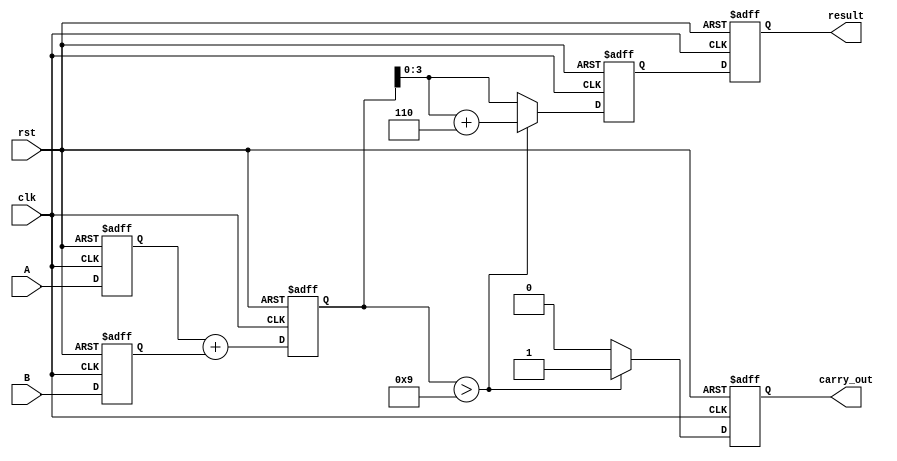
module bcd_pipelined_adder (
    input clk,               // Clock signal
    input rst,               // Reset signal
    input [3:0] A,          // First BCD digit
    input [3:0] B,          // Second BCD digit
    output reg [3:0] result, // BCD result
    output reg carry_out     // Carry out signal
);

    // Stage 1: Input Stage
    reg [3:0] A_reg, B_reg;

    // Stage 2: Addition Stage
    reg [4:0] sum_reg; // 5-bit to accommodate carry

    // Stage 3: Correction Stage
    reg [4:0] corrected_sum;

    always @(posedge clk or posedge rst) begin
        if (rst) begin
            A_reg <= 4'b0000;
            B_reg <= 4'b0000;
            sum_reg <= 5'b00000;
            corrected_sum <= 5'b00000;
            result <= 4'b0000;
            carry_out <= 1'b0;
        end else begin
            // Input Stage: Latch inputs
            A_reg <= A;
            B_reg <= B;

            // Addition Stage: Compute sum
            sum_reg <= A_reg + B_reg;

            // Correction Stage: Check for BCD correction
            if (sum_reg > 5'b01001) begin // If sum > 9
                corrected_sum <= sum_reg + 5'b00110; // Add 6
                carry_out <= 1'b1; // Set carry out
            end else begin
                corrected_sum <= sum_reg; // No correction needed
                carry_out <= 1'b0; // No carry out
            end

            // Output Stage: Prepare final result
            result <= corrected_sum[3:0]; // Take the lower 4 bits as result
        end
    end
endmodule